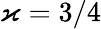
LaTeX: \varkappa=3/4